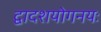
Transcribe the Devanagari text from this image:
द्वादशयोगनयः